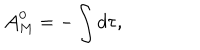
LaTeX: { \cal A } _ { M } ^ { 0 } = - \int d \tau ,